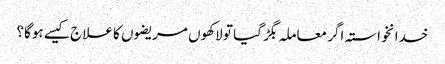
خدانخواستہ اگر معاملہ بگڑ گیا تو لاکھوں مریضوں کا علاج کیسے ہوگا؟